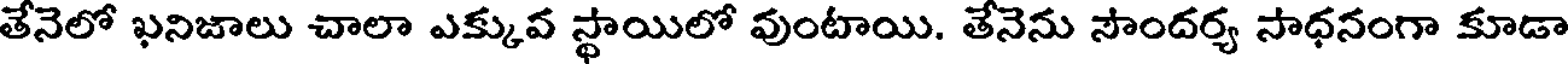
తేనెలో ఖనిజాలు చాలా ఎక్కువ స్థాయిలో వుంటాయి. తేనెను సౌందర్య సాధనంగా కూడా